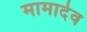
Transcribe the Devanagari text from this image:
मामादेव